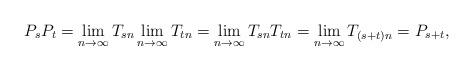
LaTeX: \begin{align*}P_sP_t = \lim_{n \to \infty} T_{sn} \lim_{n \to \infty} T_{tn} = \lim_{n \to \infty} T_{sn}T_{tn} = \lim_{n \to \infty} T_{(s+t)n} = P_{s+t},\end{align*}